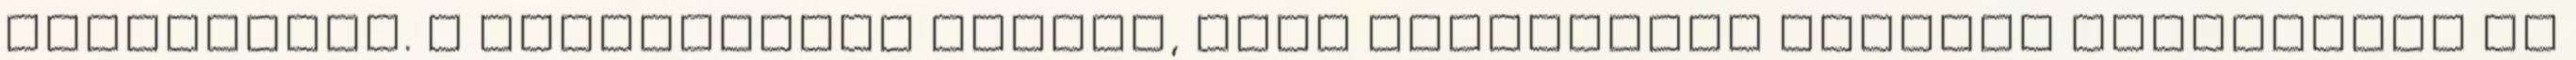
fenyegette. A szerzetesek féltek, hogy közösségük értékes tulajdonát el